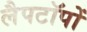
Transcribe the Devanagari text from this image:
लैपटॉपों